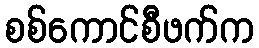
စစ်ကောင်စီဖက်က